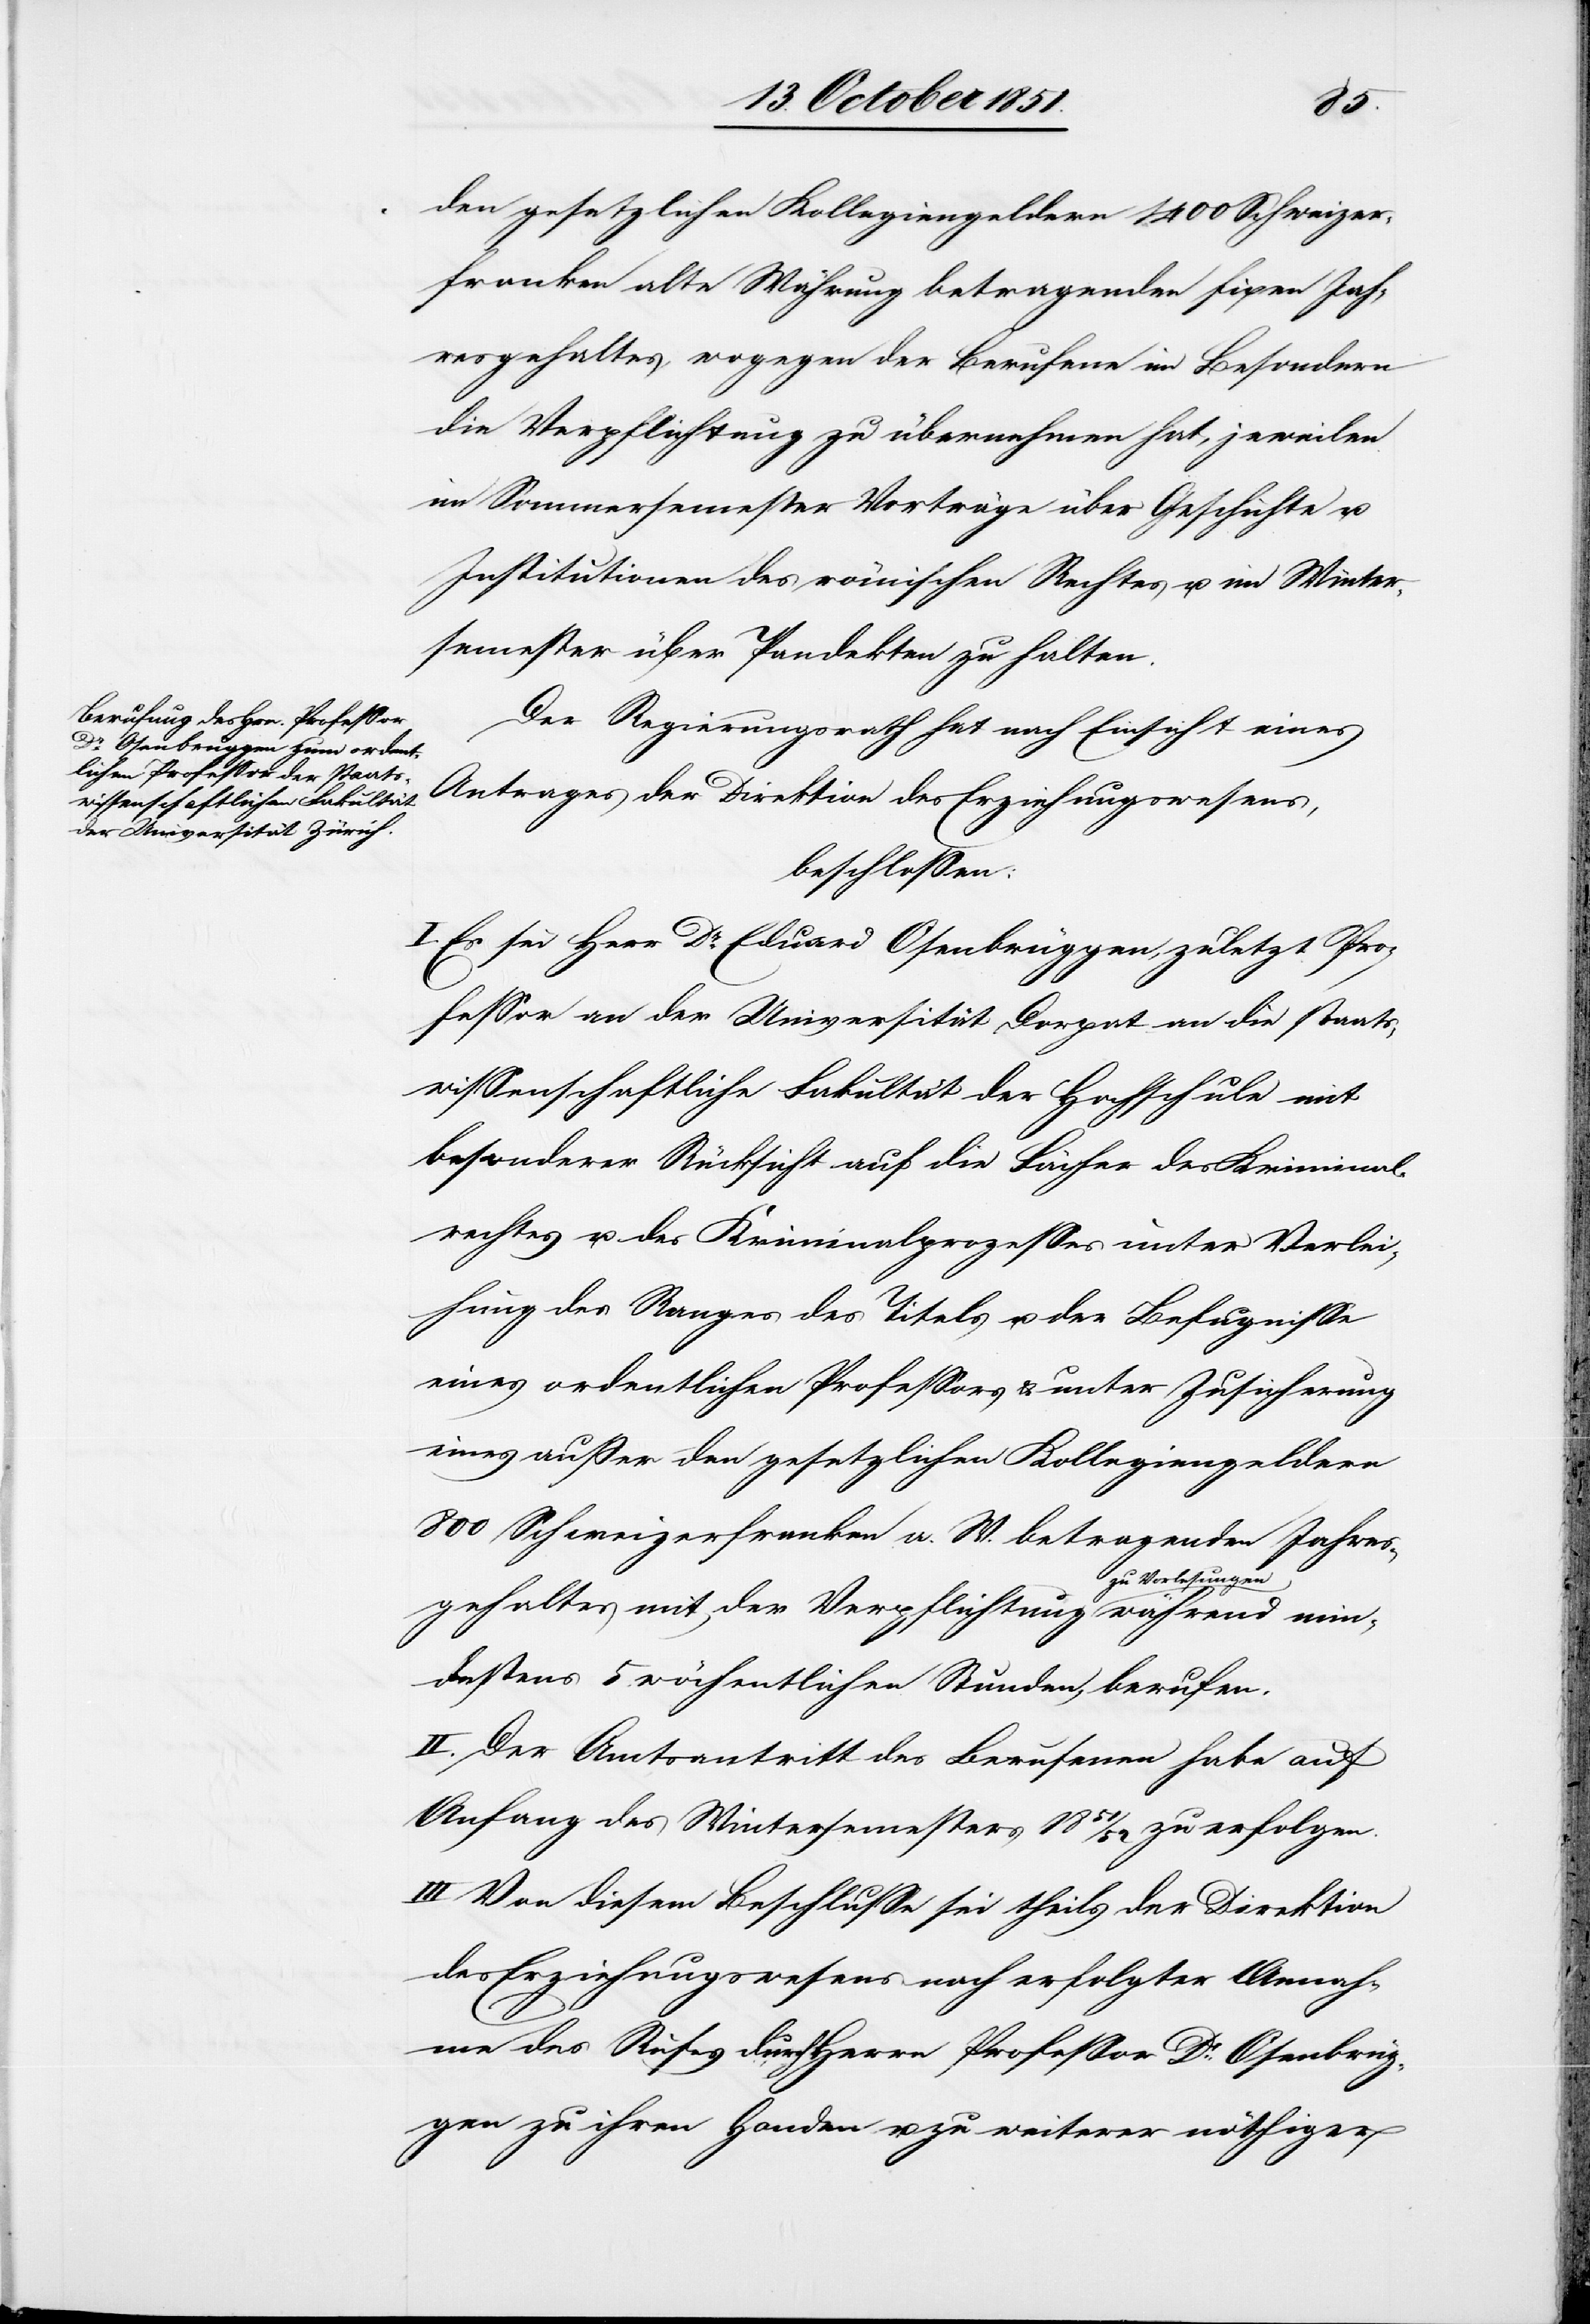
min¬
den gesetzlichen Kollegiengeldern 1400 Schweizer¬
franken alte Währung betragenden fixen Jah¬
resgehaltes, wogegen der Berufene im Besondern
die Verpflichtung zu übernehmen hat, jeweilen
im Sommersemester Vorträge über Geschichte u.
Institutionen des römischen Rechtes u. im Winter¬
semester über Pandekten zu halten.
Der Regierungsrath hat nach Einsicht eines
Antrages der Direktion des Erziehungswesens,
beschlossen:
I. Es sei Herr Dr. Eduard Osenbrüggen, zuletzt Pro¬
fessor an der Universität Dorpat an die staats¬
wissenschaftliche Fakultät der Hochschule mit
besonderer Rücksicht auf die Fächer des Kriminal¬
rechtes u. des Kriminalprozesses unter Verlei¬
hung des Ranges[,] des Titels u. der Befugnisse
eines ordentlichen Professors & unter Zusicherung
eines außer den gesetzlichen Kollegiengeldern
800 Schweizerfranken a. W. betragenden Jahres¬
gehaltes mit der Verpflichtung zu Vorlesungen
destens 5 wöchentlichen Stunden, berufen.
II. Der Amtsantritt des Berufenen habe auf
Anfang des Wintersemesters 1851/52 zu erfolgen.
III. Von diesem Beschlusse sei theils der Direktion
des Erziehungswesens nach erfolgter Annah¬
me des Rufes durch Herrn Professor Dr. Osenbrüg¬
gen zu ihren Handen u. zu weiterer nöthiger